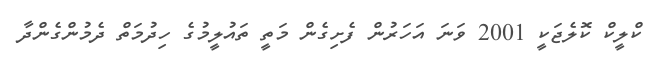
ކްލީކް ކޮލެޖަކީ 2001 ވަނަ އަހަރުން ފެށިގެން މަތީ ތައުލީމުގެ ހިދުމަތް ދެމުންގެންދާ